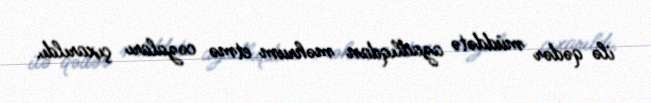
ilə qədər müddətə azadlıqdan məhrum etmə cəzaları çıxarıldı.